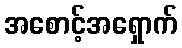
အစောင့်အရှောက်